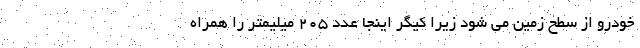
خودرو از سطح زمین می شود زیرا کیگر اینجا عدد 205 میلیمتر را همراه